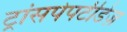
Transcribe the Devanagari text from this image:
ट्रांसपेपटीडेज़